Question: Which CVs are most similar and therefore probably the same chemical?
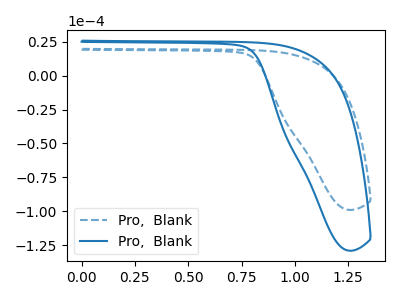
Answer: <think>The blue dashed curve "Pro,  Blank1" has no peaks. The blue curve "Pro,  Blank2" has no peaks.
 Neither "Pro,  Blank1" or "Pro,  Blank2" have any peaks.</think>
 <answer>"Pro,  Blank1" and "Pro,  Blank2" have the same shape and are likely CV's of the same chemical.</answer>
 <eval>"Pro,  Blank1" "Pro,  Blank2"</eval>